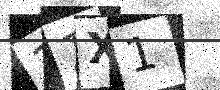
Text: 31X1